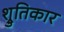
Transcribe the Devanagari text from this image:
श्रुतिकार